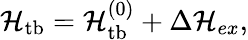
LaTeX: \begin{array}{r}{{\cal H}_{\mathrm{tb}}={\cal H}_{\mathrm{tb}}^{(0)}+\Delta{\cal H}_{ex},}\end{array}